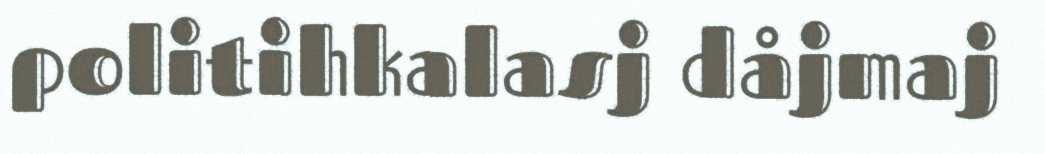
politihkalasj dåjmaj